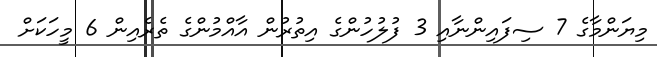
މިޔަންމާގެ 7 ސިފައިންނާއި 3 ފުލުހުންގެ އިތުރުން އާއްމުންގެ ތެރެއިން 6 މީހަކަށް